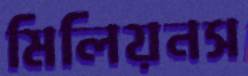
মিলিয়নস